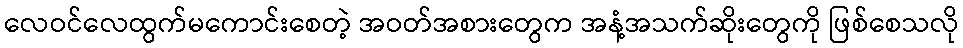
လေဝင်လေထွက်မကောင်းစေတဲ့ အဝတ်အစားတွေက အနံ့အသက်ဆိုးတွေကို ဖြစ်စေသလို